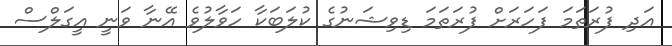
އަދި ފުރަތަމަ ފަހަރަށް ފުރަތަމަ ޑިވިޝަނުގެ ކުލަބަކާ ހަވާލުވެ އޭނާ ވަނީ އީގަލްސް